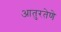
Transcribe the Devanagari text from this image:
आतुरतेणे